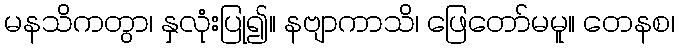
မနသိကတွာ၊ နှလုံးပြု၍။ နဗျာကာသိ၊ ဖြေတော်မမူ။ တေနစ၊